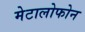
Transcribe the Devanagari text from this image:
मेटालोफोन